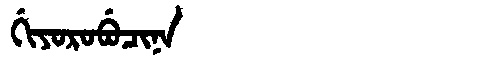
Manchu: ᡤᡳᠶᠣᡵᠣᠪᡠᠴᡳᠨᠠ
Romanization: GIYOROBUCINA